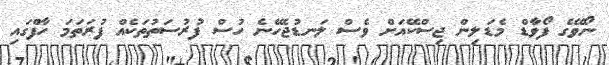
ނޯވޭގެ ފޯވާޑް މެޑަލިން ޖިސްކޭއަށް ވެސް ލަނޑުޖެހޭނެ ހުސް ފުރުސަތުތަކެއް ފުރަތަމަ ހާފްގައި